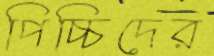
পিচ্চিদের